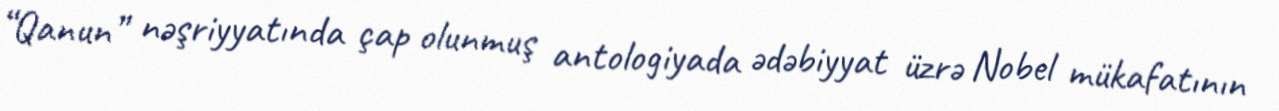
“Qanun” nəşriyyatında çap olunmuş antologiyada ədəbiyyat üzrə Nobel mükafatının